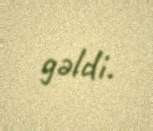
gəldi.